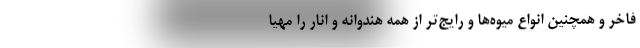
فاخر و همچنین انواع میوه‌ها و رایج‌تر از همه هندوانه و انار را مهیا